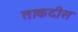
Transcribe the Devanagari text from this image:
ताकदीस